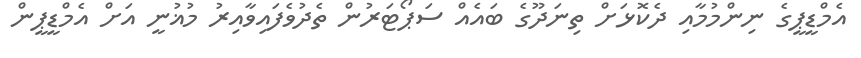
އެމްޑީޕީގެ ނިންމުމާއި ދެކޮޅަށް ތިނަދޫގެ ބައެއް ސަޕޯޓަރުން ތެދުވެފައިވާއިރު މުޣުނީ އަށް އެމްޑީޕީން